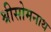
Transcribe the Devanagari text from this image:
श्रीसोमनाथ